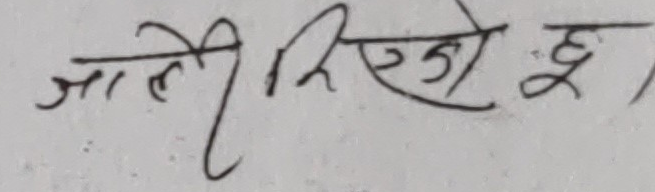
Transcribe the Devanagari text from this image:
जाले लिएको छ